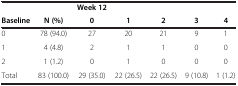
<table><thead><tr><td>[EMPTY_CELL]</td><td>[EMPTY_CELL]</td><td><b>Week 12</b></td><td>[EMPTY_CELL]</td><td>[EMPTY_CELL]</td><td>[EMPTY_CELL]</td><td>[EMPTY_CELL]</td></tr><tr><td><b>Baseline</b></td><td><b>N (%)</b></td><td><b>0</b></td><td><b>1</b></td><td><b>2</b></td><td><b>3</b></td><td><b>4</b></td></tr></thead><tbody><tr><td>0</td><td>78 (94.0)</td><td>27</td><td>20</td><td>21</td><td>9</td><td>1</td></tr><tr><td>1</td><td>4 (4.8)</td><td>2</td><td>1</td><td>1</td><td>0</td><td>0</td></tr><tr><td>2</td><td>1 (1.2)</td><td>0</td><td>1</td><td>0</td><td>0</td><td>0</td></tr><tr><td>Total</td><td>83 (100.0)</td><td>29 (35.0)</td><td>22 (26.5)</td><td>22 (26.5)</td><td>9 (10.8)</td><td>1 (1.2)</td></tr></tbody></table>